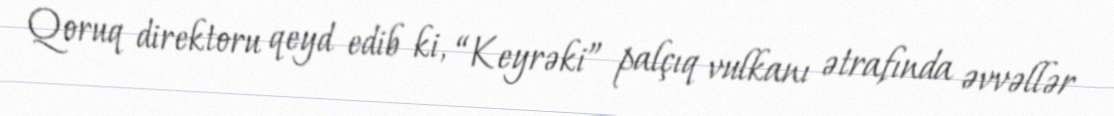
Qoruq direktoru qeyd edib ki, “Keyrəki” palçıq vulkanı ətrafında əvvəllər